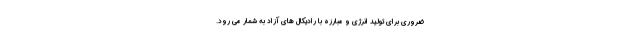
ضروری برای تولید انرژی و مبارزه با رادیکال های آزاد به شمار می رود.